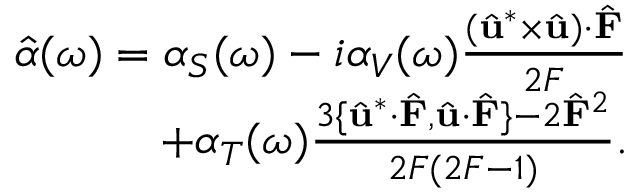
\begin{array} { r } { \hat { \alpha } ( \omega ) = \alpha _ { S } ( \omega ) - i \alpha _ { V } ( \omega ) \frac { ( \hat { \mathbf { u } } ^ { * } \times \hat { \mathbf { u } } ) \cdot \hat { \mathbf { F } } } { 2 F } } \\ { + \alpha _ { T } ( \omega ) \frac { 3 \{ \hat { \mathbf { u } } ^ { * } \cdot \hat { \mathbf { F } } , \hat { \mathbf { u } } \cdot \hat { \mathbf { F } } \} - 2 \hat { \mathbf { F } } ^ { 2 } } { 2 F ( 2 F - 1 ) } . } \end{array}